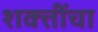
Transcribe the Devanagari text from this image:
शक्‍तींचा